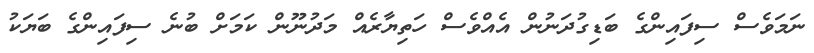
ނަމަވެސް ސިފައިންގެ ބަޑިގުދަނުން އެއްވެސް ހަތިޔާރެއް މަދުނޫން ކަމަށް ބުނެ ސިފައިންގެ ބަޔަކު